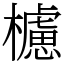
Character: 櫖